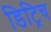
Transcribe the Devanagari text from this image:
डिट्रिच